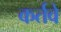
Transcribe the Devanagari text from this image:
कर्तवे